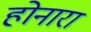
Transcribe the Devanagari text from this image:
होनारा